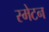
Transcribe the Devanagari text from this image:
स्मेटन